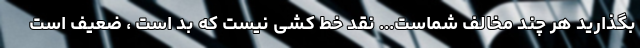
بگذارید هر چند مخالف شماست... نقد خط کشی نیست که بد است ، ضعیف است